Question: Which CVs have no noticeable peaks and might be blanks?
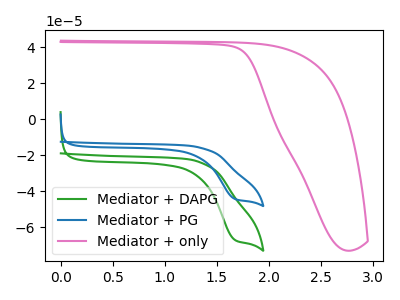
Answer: <think>The green curve "Mediator + DAPG" has a cathodic peak at: (1.65V, -67.20uA). The blue curve "Mediator + PG" has a cathodic peak at: (1.65V, -44.35uA). The pink curve "Mediator + only" has no peaks.</think>
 <answer>"Mediator + only" is likely to be a blank.</answer>
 <eval>Mediator + only</eval>